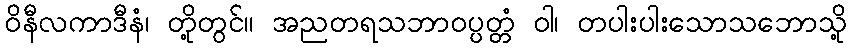
ဝိနီလကာဒီနံ၊ တို့တွင်။ အညတရသဘာဝပ္ပတ္တံ ဝါ၊ တပါးပါးသောသဘောသို့